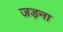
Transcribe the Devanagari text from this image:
जड़ना